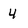
Character: 4